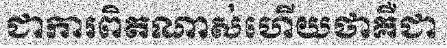
ជាការពិតណាស់ហើយថាគឺជា